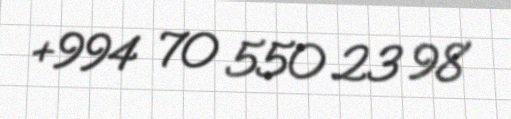
+994 70 550 23 98